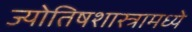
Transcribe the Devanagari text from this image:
ज्योतिषशास्त्रामध्ये